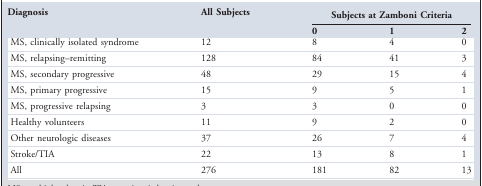
<table><thead><tr><td><b>Diagnosis</b></td><td><b>All Subjects</b></td><td colspan="3"><b>Subjects at Zamboni Criteria</b></td></tr><tr><td>[EMPTY_CELL]</td><td>[EMPTY_CELL]</td><td><b>0</b></td><td><b>1</b></td><td><b>2</b></td></tr></thead><tbody><tr><td>MS, clinically isolated syndrome</td><td>12</td><td>8</td><td>4</td><td>0</td></tr><tr><td>MS, relapsing–remitting</td><td>128</td><td>84</td><td>41</td><td>3</td></tr><tr><td>MS, secondary progressive</td><td>48</td><td>29</td><td>15</td><td>4</td></tr><tr><td>MS, primary progressive</td><td>15</td><td>9</td><td>5</td><td>1</td></tr><tr><td>MS, progressive relapsing</td><td>3</td><td>3</td><td>0</td><td>0</td></tr><tr><td>Healthy volunteers</td><td>11</td><td>9</td><td>2</td><td>0</td></tr><tr><td>Other neurologic diseases</td><td>37</td><td>26</td><td>7</td><td>4</td></tr><tr><td>Stroke/TIA</td><td>22</td><td>13</td><td>8</td><td>1</td></tr><tr><td>All</td><td>276</td><td>181</td><td>82</td><td>13</td></tr></tbody></table>